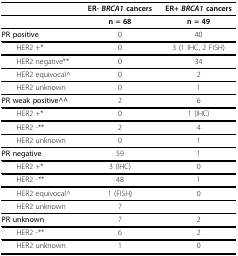
|  | ER- BRCA1 cancers | ER+ BRCA1 cancers |
 | --- | --- | --- |
 |  | n = 68 | n = 49 |
 | PR positive | 0 | 40 |
 | HER2 +* | 0 | 3 (1 IHC, 2 FISH) |
 | HER2 negative** | 0 | 34 |
 | HER2 equivocal^ | 0 | 2 |
 | HER2 unknown | 0 | 1 |
 | PR weak positive^^ | 2 | 6 |
 | HER2 +* | 0 | 1 (IHC) |
 | HER2 -** | 2 | 4 |
 | HER2 unknown | 0 | 1 |
 | PR negative | 59 | 1 |
 | HER2 +* | 3 (IHC) | 0 |
 | HER2 -** | 48 | 1 |
 | HER2 equivocal^ | 1 (FISH) | 0 |
 | HER2 unknown | 7 |  |
 | PR unknown | 7 | 2 |
 | HER2 -** | 6 | 2 |
 | HER2 unknown | 1 | 0 |